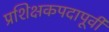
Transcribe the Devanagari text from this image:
प्रशिक्षकपदापूर्वी